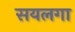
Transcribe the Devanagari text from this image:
सयलगा